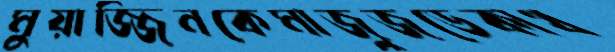
মুয়াজ্জিনকেমাজুজডেকাথ